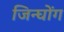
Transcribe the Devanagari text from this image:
जिन्घोंग